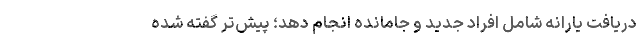
دریافت یارانه شامل افراد جدید و جامانده انجام دهد؛ پیش‌تر گفته شده